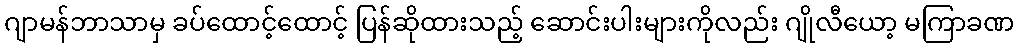
ဂျာမန်ဘာသာမှ ခပ်ထောင့်ထောင့် ပြန်ဆိုထားသည့် ဆောင်းပါးများကိုလည်း ဂျိုလီယော့ မကြာခဏ